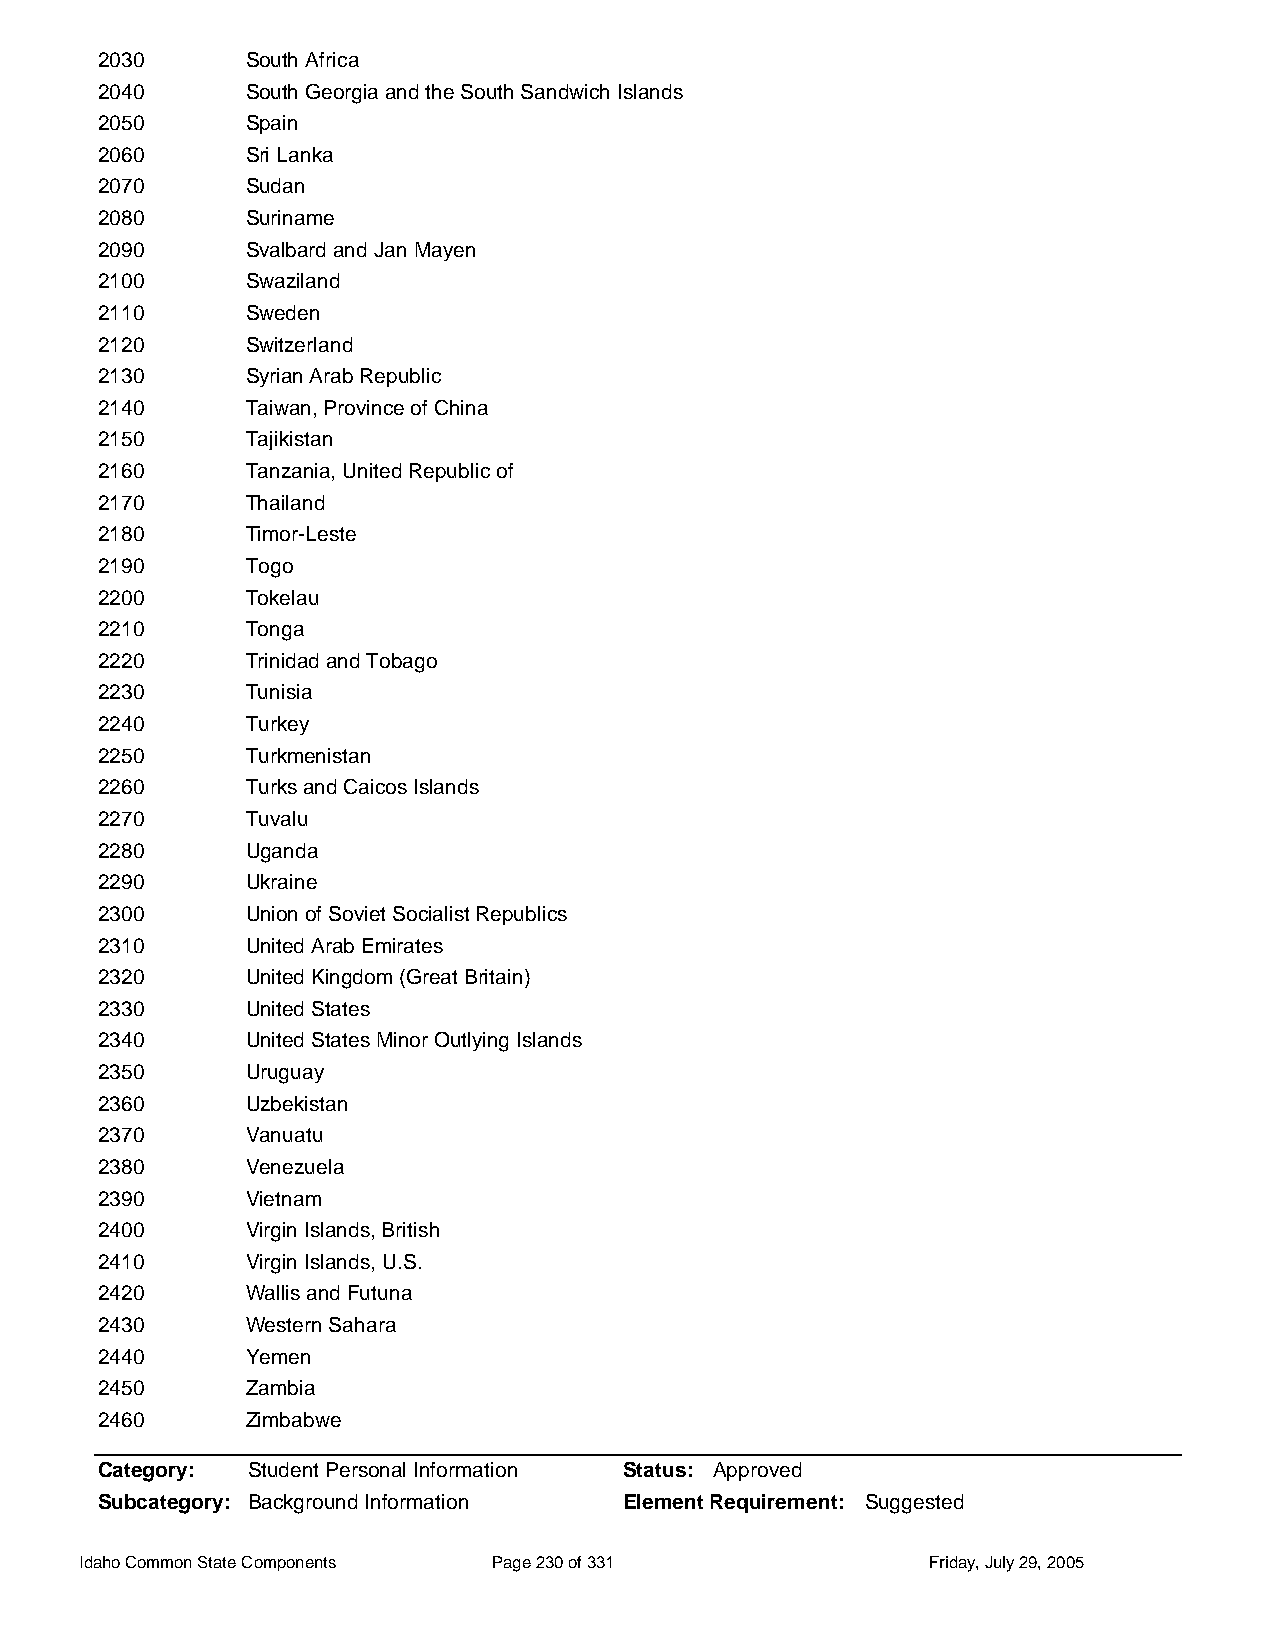
2030      South Africa
 2040      South Georgia and the South Sandwich Islands
 2050      Spain
 2060      Sri Lanka
 2070      Sudan
 2080      Suriname
 2090      Svalbard and Jan Mayen
 2100      Swaziland
 2110      Sweden
 2120      Switzerland
 2130      Syrian Arab Republic
 2140      Taiwan, Province of China
 2150      Tajikistan
 2160      Tanzania, United Republic of
 2170      Thailand
 2180      Timor-Leste
 2190      Togo
 2200      Tokelau
 2210      Tonga
 2220      Trinidad and Tobago
 2230      Tunisia
 2240      Turkey
 2250      Turkmenistan
 2260      Turks and Caicos Islands
 2270      Tuvalu
 2280      Uganda
 2290      Ukraine
 2300      Union of Soviet Socialist Republics
 2310      United Arab Emirates
 2320      United Kingdom (Great Britain)
 2330      United States
 2340      United States Minor Outlying Islands
 2350      Uruguay
 2360      Uzbekistan
 2370      Vanuatu
 2380      Venezuela
 2390      Vietnam
 2400      Virgin Islands, British
 2410      Virgin Islands, U.S.
 2420      Wallis and Futuna
 2430      Western Sahara
 2440      Yemen
 2450      Zambia
 2460      Zimbabwe
 Category: Student Personal Information Status: Approved
 Subcategory: Background Information Element Requirement: Suggested
 Idaho Common State Components Page 230 of 331           Friday, July 29, 2005